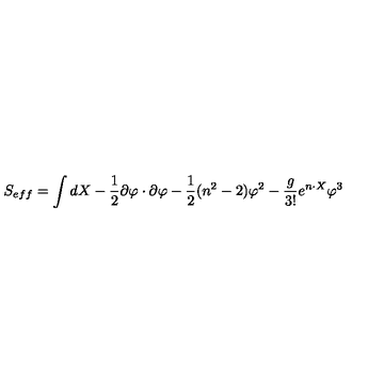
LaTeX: S _ { e f f } = \int d X - \frac { 1 } { 2 } \partial \varphi \cdot \partial \varphi - \frac { 1 } { 2 } ( n ^ { 2 } - 2 ) \varphi ^ { 2 } - \frac { g } { 3 ! } e ^ { n \cdot X } \varphi ^ { 3 }